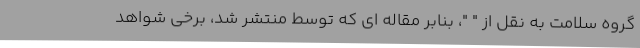
گروه سلامت به نقل از " "، بنابر مقاله ای که توسط منتشر شد، برخی شواهد